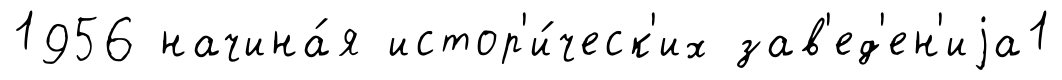
1956 начина́я истор'и́ческ'их зав'ед'ен'иjа1